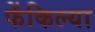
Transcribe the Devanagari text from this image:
फेंकिल्या